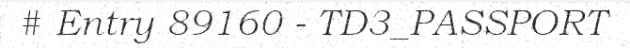
# Entry 89160 - TD3_PASSPORT